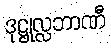
ဒုဋ္ဌုလ္လဘာဏီ